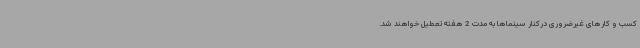
کسب و کارهای غیرضروری درکنار سینماها به مدت 2 هفته تعطیل خواهند شد.